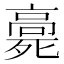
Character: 𩫓